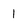
Character: 1